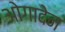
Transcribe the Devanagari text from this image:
ओगादेन